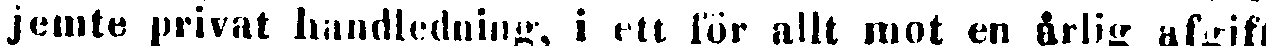
jemte privat handledning, i ett för allt mot en årlig afgift